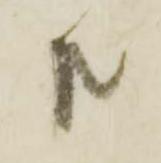
共